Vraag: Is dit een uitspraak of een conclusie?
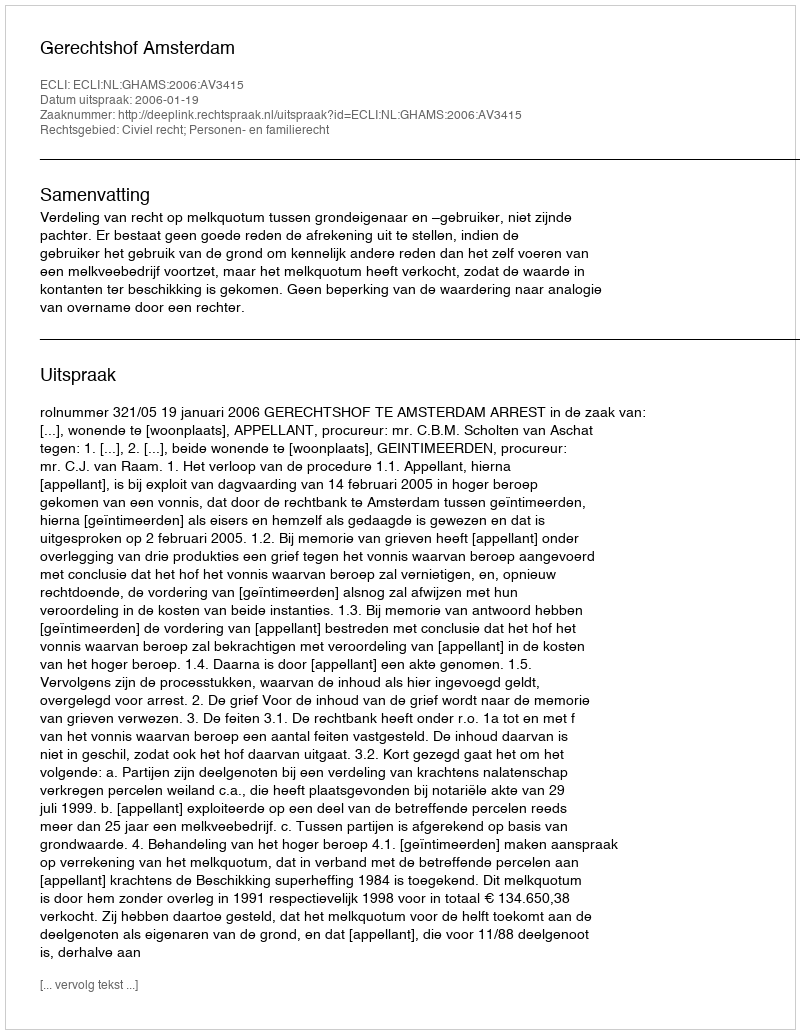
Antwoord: Uitspraak